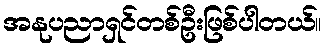
အနုပညာရှင်တစ်ဦးဖြစ်ပါတယ်။